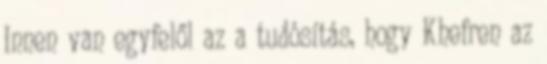
Innen van egyfelől az a tudósítás, hogy Khefren az